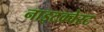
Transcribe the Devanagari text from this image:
नाइटक्वेस्ट